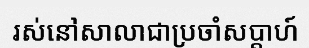
រស់នៅសាលាជាប្រចាំសប្តាហ៍